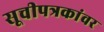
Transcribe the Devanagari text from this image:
सूचीपत्रकांवर